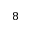
8